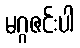
မဂ္ဂဇင်းပါ